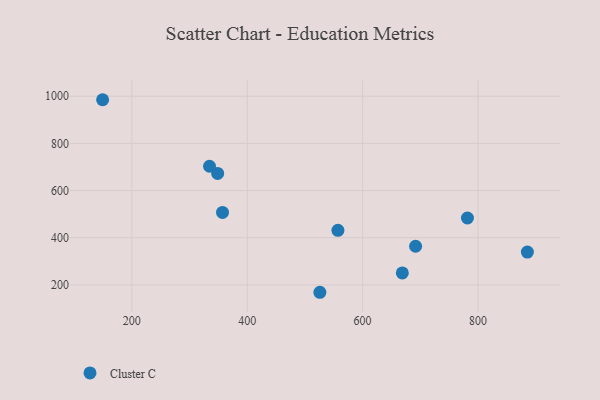
{"axis": {"x": "Speed", "y": "Exam Score"}, "legend": ["Cluster C"], "data": [{"x": "348.7", "y": 672.8, "type": "Cluster C"}, {"x": "557.2", "y": 431.4, "type": "Cluster C"}, {"x": "781.7", "y": 483.7, "type": "Cluster C"}, {"x": "149.3", "y": 985.2, "type": "Cluster C"}, {"x": "525.9", "y": 168.7, "type": "Cluster C"}, {"x": "885.6", "y": 339.3, "type": "Cluster C"}, {"x": "357.1", "y": 507.5, "type": "Cluster C"}, {"x": "334.6", "y": 703.2, "type": "Cluster C"}, {"x": "691.8", "y": 363.9, "type": "Cluster C"}, {"x": "668.8", "y": 250.9, "type": "Cluster C"}]}